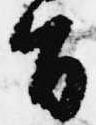
旨